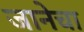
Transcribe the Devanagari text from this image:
जानेचा